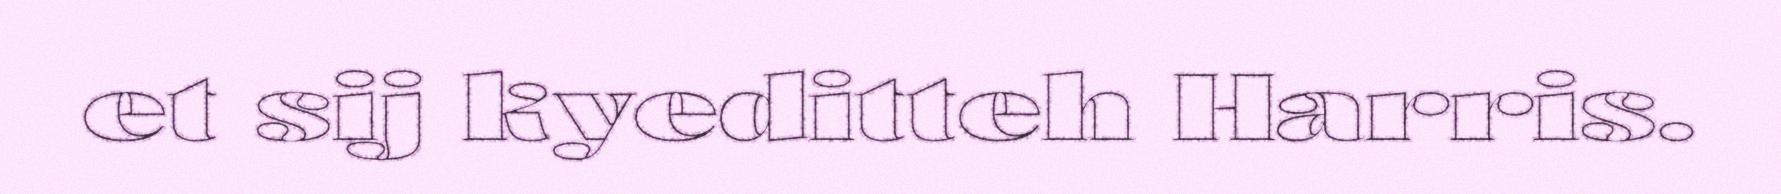
et sij kyeditteh Harris.